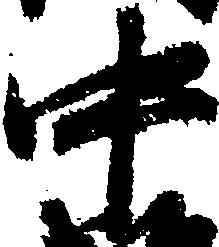
中